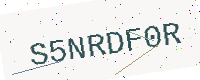
Text: S5NRDF0R